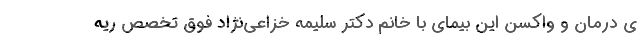
ی درمان و واکسن این بیمای با خانم دکتر سلیمه خزاعی‌نژاد فوق تخصص ریه